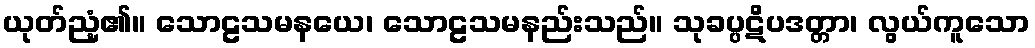
ယုတ်ညံ့၏။ သောဠသမနယေ၊ သောဠသမနည်းသည်။ သုခပ္ပဋိပဒတ္တာ၊ လွယ်ကူသော